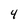
Character: 4